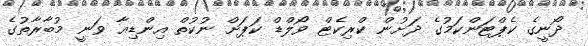
ދޯނީގެ ކެޕްޓަންކަމުގެ ދަށުން ކްރިކެޓް ވޯލްޑް ކަޕަށް ނުކުތް އިންޑިއާ ވަނީ މުބާރާތުގެ